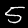
Digit: 5